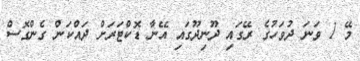
މޭ 1 ވަނަ ދުވަހުގެ ރޭގައި ދޫނިދޫގައި އޭނާ ޑޮކްޓަރަށް ދައްކަން ގެންގޮސް